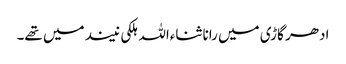
ادھر گاڑی میں رانا ثناءاللہ ہلکی نیند میں تھے۔